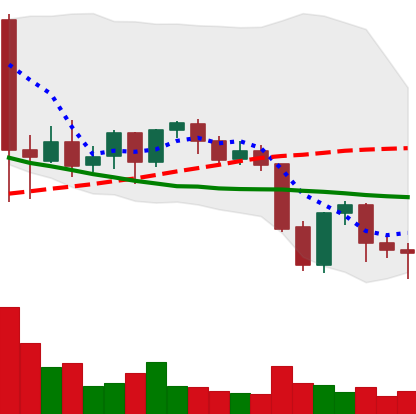
Ticker: NEO-USD
Chart end date: 2021-09-26
Forward return: 9.365%
Label: up_7plus